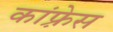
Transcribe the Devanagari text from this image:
कांफ़्रेस